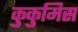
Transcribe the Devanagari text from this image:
कुकुमिस